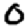
Digit: 0